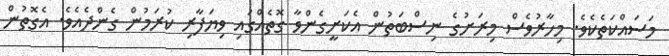
މަސައްކަތެކެވެ. މިހާރުވެސް މިރަށުގެ ނިސްބަތުން އެކަށީގެންވާ ގޮތެއްގައި ވިޔަފާރި ކުރަމުން ގެންދެއެވެ. އެގޮތުން